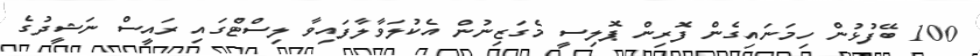
100 ބޭފުޅުން ހިމަނައިގެން ފޮރިން ޕޮލިސީ މެގަޒިނުން އެކުލަވާލާފައިވާ ލިސްޓްގައި ރައީސް ނަޝީދުގެ